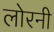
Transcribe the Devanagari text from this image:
लोरनी